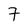
Character: 7